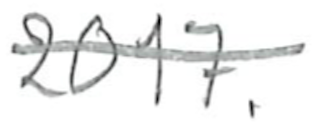
Text: 2017.
Cross-out: single-line
Writing tool: pencil